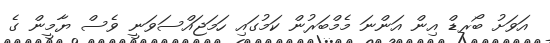
އަވަށު ބޯރޑް އިން އަންނަ މެމްބަރުން ކަމުގައި ހަމަޖައްސަވަނީ ވެސް ޔާމީން ގެ